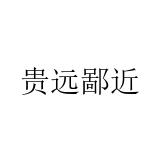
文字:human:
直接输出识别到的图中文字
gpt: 贵远鄙近